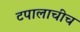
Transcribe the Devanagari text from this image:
टपालाचीच